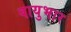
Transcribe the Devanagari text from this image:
वायुभार